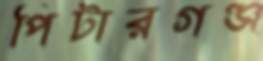
পিটারগঞ্জ